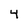
Character: 4